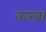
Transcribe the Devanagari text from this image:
करबा